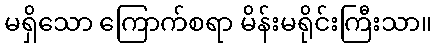
မရှိသော ကြောက်စရာ မိန်းမရိုင်းကြီးသာ။